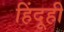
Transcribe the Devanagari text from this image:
हिंदूही